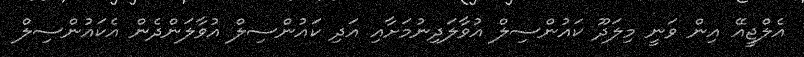
އެލްޖީއޭ އިން ވަނީ މިލަދޫ ކައުންސިލް އުވާލަދިނުމަށާއި އަދި ކައުންސިލް އުވާލަންދެން އެކައުންސިލް